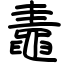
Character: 鼃